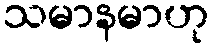
သမာနမာဟု